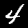
Digit: 4